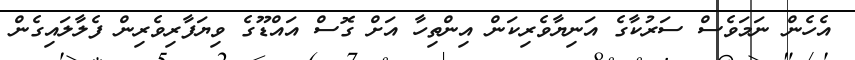
އެހެން ނަމަވެސް ސަރުކާގެ އަނިޔާވެރިކަން އިންތިހާ އަށް ގޮސް އައްޑޫގެ ވިޔަފާރިވެރިން ފެލާލައިގެން